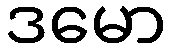
ဒမော